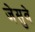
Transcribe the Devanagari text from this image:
जेसुवे